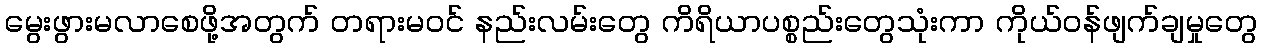
မွေးဖွားမလာစေဖို့အတွက် တရားမဝင် နည်းလမ်းတွေ ကိရိယာပစ္စည်းတွေသုံးကာ ကိုယ်ဝန်ဖျက်ချမှုတွေ